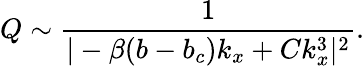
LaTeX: Q\sim\frac{1}{|-\beta(b-b_{c})k_{x}+Ck_{x}^{3}|^{2}}.